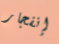
إنفجار